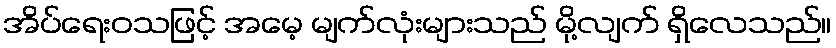
အိပ်ရေးဝသဖြင့် အမေ့ မျက်လုံးများသည် မို့လျက် ရှိလေသည်။